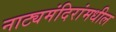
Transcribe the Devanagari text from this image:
नाट्यमंदिरांमधील